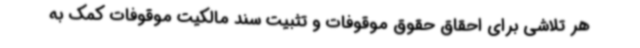
هر تلاشی برای احقاق حقوق موقوفات و تثبیت سند مالکیت موقوفات کمک به